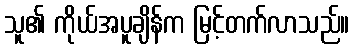
သူ၏ ကိုယ်အပူချိန်က မြင့်တက်လာသည်။